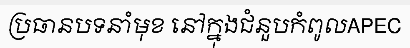
ប្រធានបទនាំមុខ នៅក្នុងជំនួបកំពូលAPEC